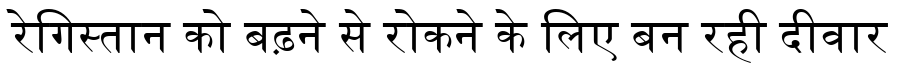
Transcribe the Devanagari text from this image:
रेगिस्तान को बढ़ने से रोकने के लिए बन रही दीवार